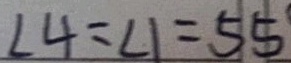
\angle 4 = \angle 1 = 5 5